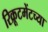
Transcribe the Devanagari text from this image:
रिक्रूटमेंटच्या